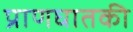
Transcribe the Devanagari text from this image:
प्राणघातकी